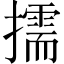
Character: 擩